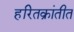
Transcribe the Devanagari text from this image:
हरितक्रांतीत